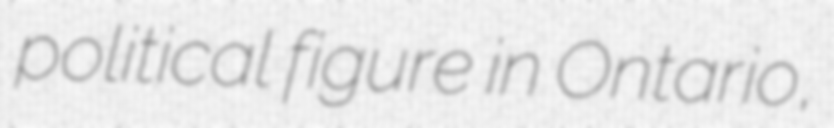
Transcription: political figure in Ontario,